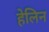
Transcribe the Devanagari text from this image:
हेलिन